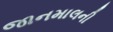
જાનમાલની